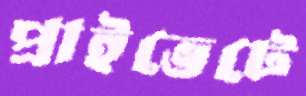
প্রাইভেটে